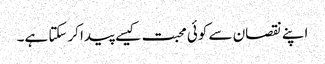
اپنے نقصان سے کوئی محبت کیسے پیدا کرسکتا ہے۔